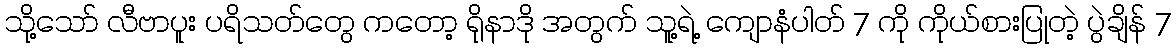
သို့သော် လီဗာပူး ပရိသတ်တွေ ကတော့ ရိုနာဒို အတွက် သူ့ရဲ့ ကျောနံပါတ် 7 ကို ကိုယ်စားပြုတဲ့ ပွဲချိန် 7